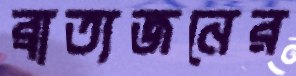
ব্রাত্যজনের